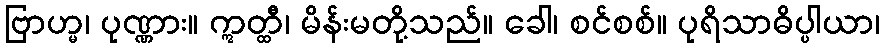
ဗြာဟ္မ၊ ပုဏ္ဏား။ ဣတ္ထီ၊ မိန်းမတို့သည်။ ခေါ၊ စင်စစ်။ ပုရိသာဓိပ္ပါယာ၊